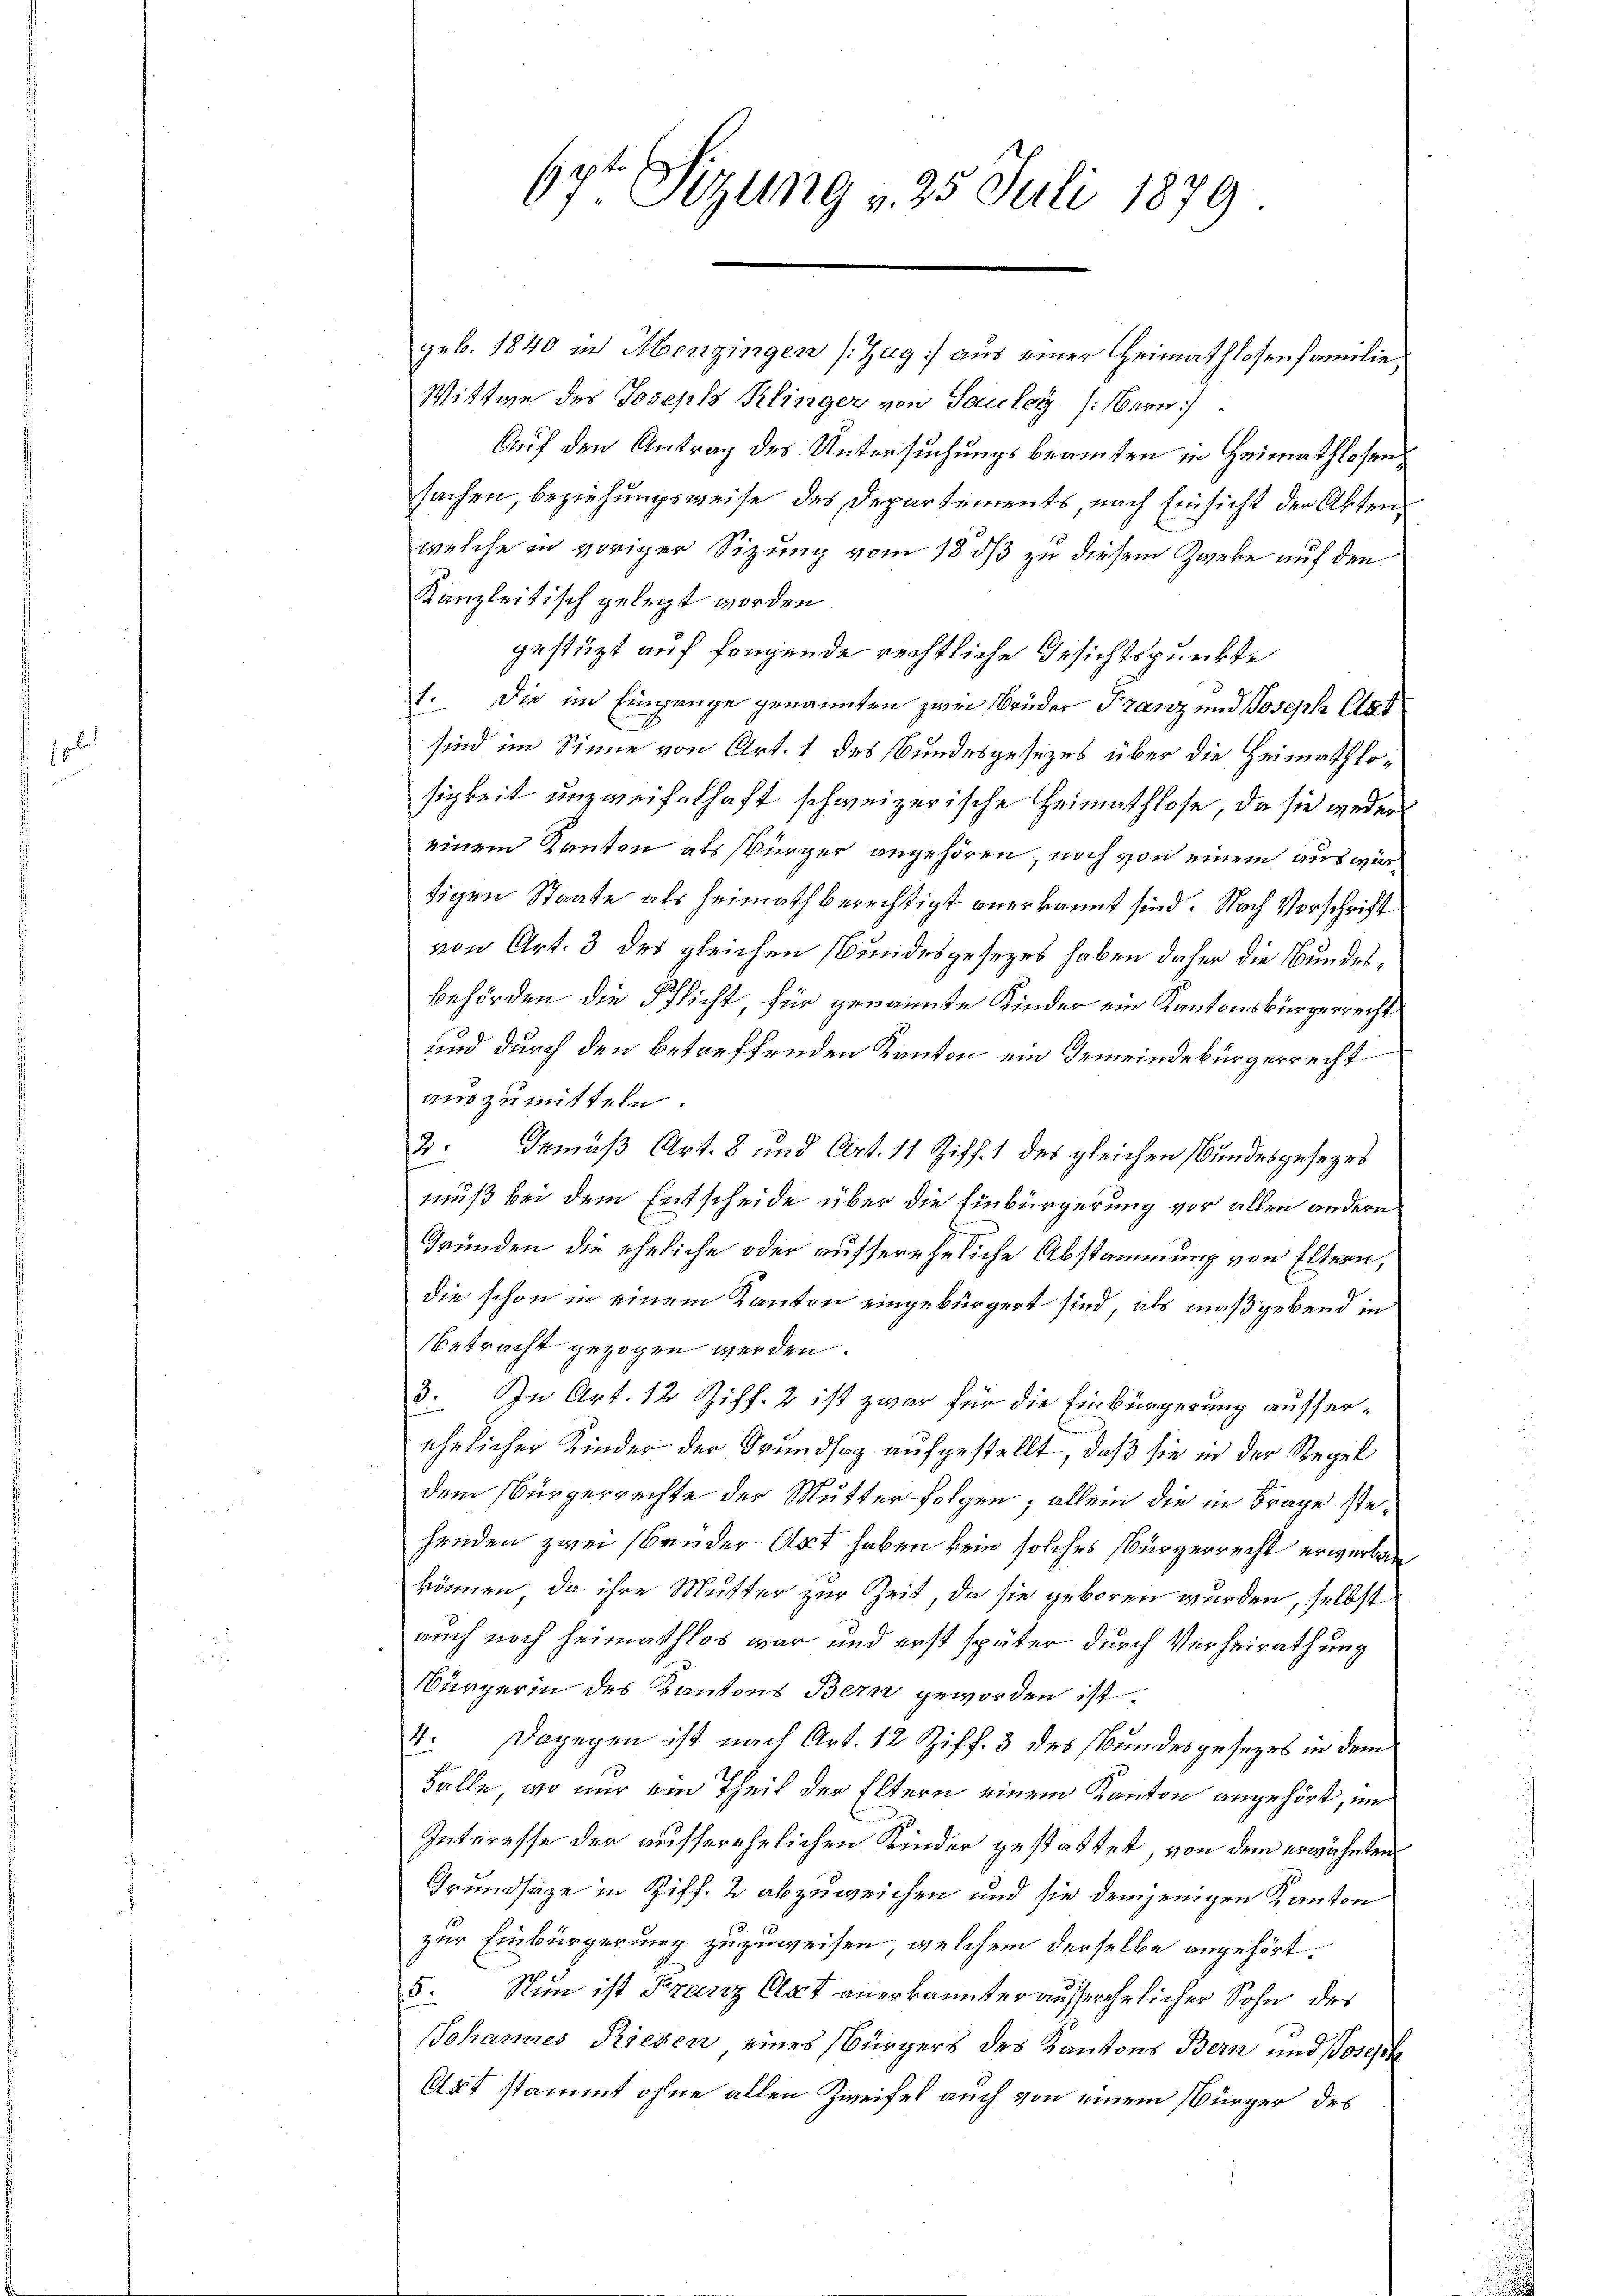
67t Sizung v. 25. Juli 1879.

geb. 1840 in Menzingen (Zug] aus einer Heimathlosenfamilie,
Wittwe des Joseph Klinger von Sauley (Bern)
Auf den Antrag des Untersuchungsbeamten in Heimathlosensachen, beziehungsweise des Departements, nach Einsicht der Akten
welche in voriger Sizung vom 18 dß zu diesem Zweke auf den
Kanzleitisch gelegt worden
gestüzt auf folgende rechtliche Gesichtspunkte
1. Die im Eingange genannten zwei Brüder Franz und Joseph Car
sind im Sinne von Art. 1 des Bundesgesezes über die Heimathlosigkeit unzweifelhaft schweizerische Heimathlose, da sie weder
einem Kanton als Bürger angehören, noch von einem auswärtigen Staate als Heimath berechtigt anerkannt sind. Nach Vorschrift
von Art. 3 des gleichen Bundesgesezes haben daher die Bundesbehörden die Pflicht, für genannte Kinder ein Kantonsbürgerrecht
und durch den betreffenden Kanton ein Gemeindebürgerrecht
auszumitteln.
2. Gemäβ Art. 8 und Art. 11 Ziff. 1 des gleichen Bundesgesezes
muß bei dem Entscheide über die Einbürgerung vor allen andern
Gründen die eheliche oder aussereheliche Abstammung von Eltern,
die schon in einem Kanton eingebürgert sind, als maßgebend in
Betracht gezogen werden.
3. In Art. 12 Ziff. 2 ist zwar für die Einbürgerung ausserehelicher Kinder der Grundsaz aufgestellt, daß sie in der Regel
dem Bürgerrechte der Mutter folgen; allein die in Frage stehenden zwei Bruder Art haben kein solches Bürgerrecht erwerben
können, da ihre Mutter zur Zeit, da sie geboren wurden, selbst
auch noch heimathlos war und erst später durch Verheirathung
Bürgerin des Kantons Bern geworden ist.
4. Dagegen ist nach Art. 12 Ziff. 3 des Bundesgesezes in dem
Falle, wo nur ein Theil der Eltern einem Kanton angehört, nur
Interesse der ausserehelichen Kinder gestattet, von dem erwähnten
Grundsätze in Ziff. 2 abzuweichen und sie demjenigen Kanton
zur Einbürgerung zuzuweisen, welchem derselbe angehört.
5. Nun ist Franz Art anerkannter ausserehelicher Sohn des
Johannes Riegen eines Bürgers des Kantons Bern und Joseph
Art stammt ohne allen Zweifel auch von einem Bürger des